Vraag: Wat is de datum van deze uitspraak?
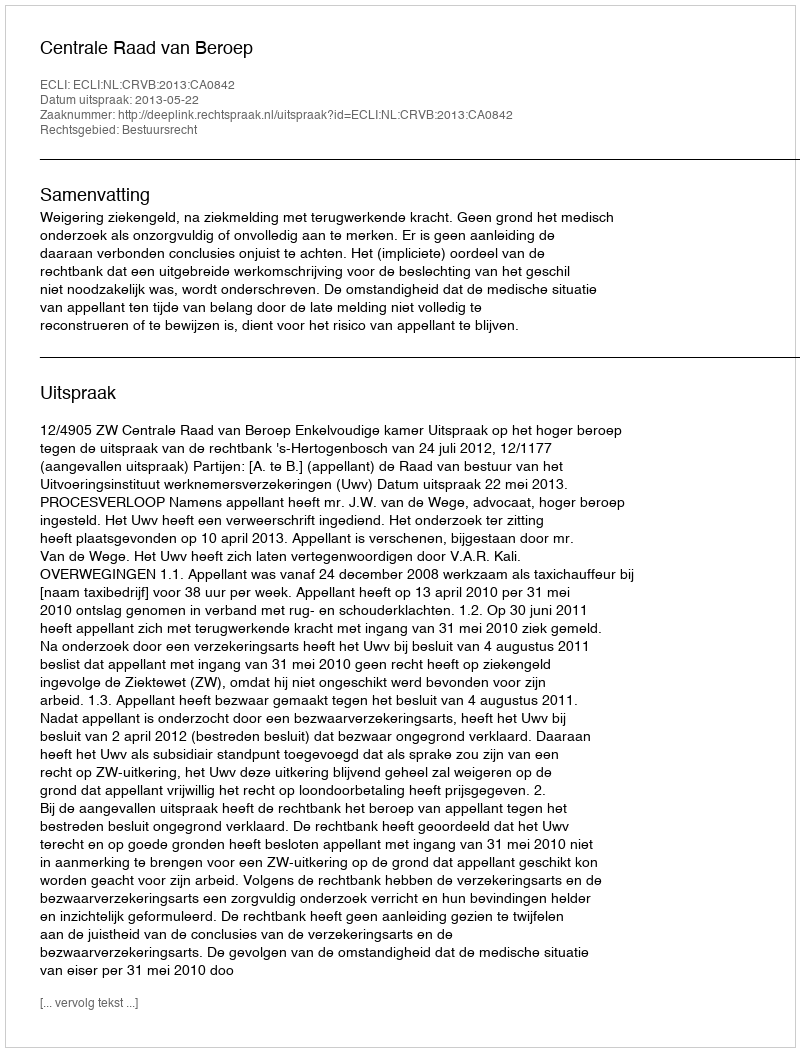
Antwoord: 2013-05-22